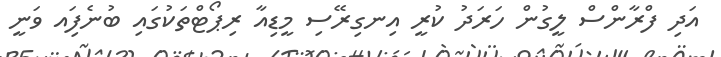
އަދި ފްރާންސް ލީގުން ހަރަދު ކުރީ އިނގިރޭސި މީޑިއާ ރިޕޯޓްތަކުގައި ބުނެފަިއ ވަނީ